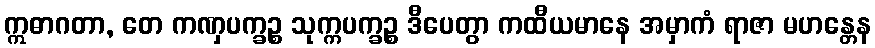
ဣဓာဂတာ, တေ ကဏှပက္ခဉ္စ သုက္ကပက္ခဉ္စ ဒီပေတွာ ကထီယမာနေ အမှာကံ ရာဇာ မဟန္တေန